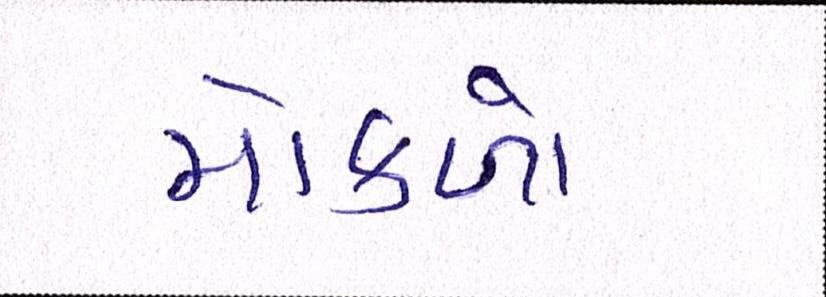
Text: મોકળો